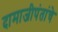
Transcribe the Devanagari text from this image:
दामाजीपंतांचे